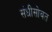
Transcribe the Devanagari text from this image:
संधीसोबत